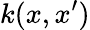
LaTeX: k(x,x^{\prime})